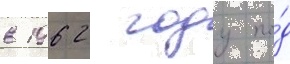
в 1962 году по́д